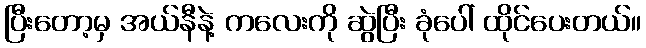
ပြီးတော့မှ အယ်နီနဲ့ ကလေးကို ဆွဲပြီး ခုံပေါ် ထိုင်ပေးတယ်။